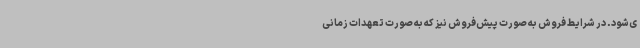
ی‌شود. در شرایط فروش به صورت پیش‌فروش نیز که به صورت تعهدات زمانی